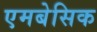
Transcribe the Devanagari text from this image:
एमबेसिक